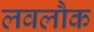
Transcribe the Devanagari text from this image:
लवलौक